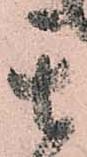
其